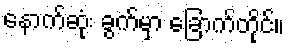
နောက်ဆုံး ခွက်မှာ ခြောက်တိုင်။